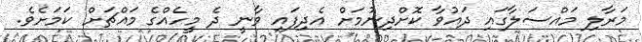
މަރާލި މައްސަލާގައި ދައުވާ ކޮށްދިނުމަށް އެދިފައި ވާނީ ދެ މީހެއްގެ މައްޗަށް ކަމަށެވެ.